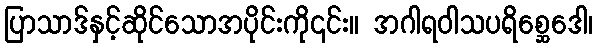
ပြာသာဒ်နှင့်ဆိုင်သောအပိုင်းကို၎င်း။ အဂါရဝါသပရိစ္ဆေဒေါ၊